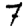
Digit: 7